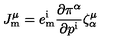
J _ { \mathrm { m } } ^ { \mu } = e _ { \mathrm { m } } ^ { \mathrm { i } } { \frac { \partial \pi ^ { \alpha } } { \partial p ^ { \mathrm { i } } } } \zeta _ { \alpha } ^ { \mu }